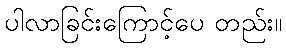
ပါလာခြင်းကြောင့်ပေ တည်း။